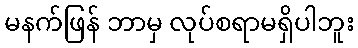
မနက်ဖြန် ဘာမှ လုပ်စရာမရှိပါဘူး